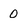
Character: 0